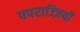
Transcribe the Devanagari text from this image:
पपराज्ज़ियों